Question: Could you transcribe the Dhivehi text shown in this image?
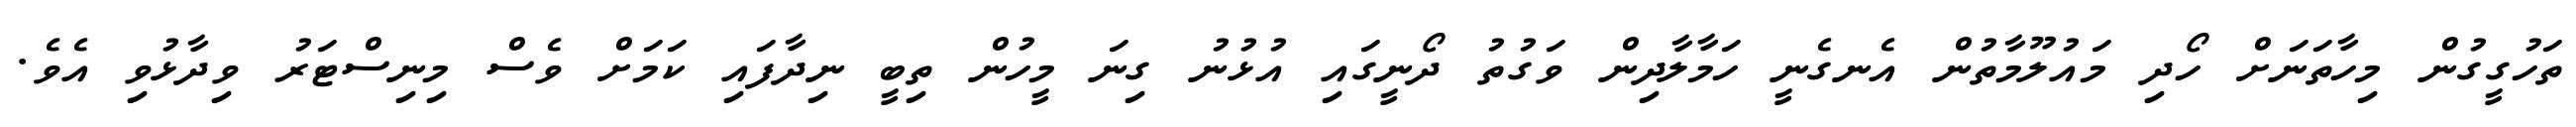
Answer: ތަހުގީގުން މިހާތަނަށް ހޯދި މައުލޫމާތުން އެނގެނީ ހަމާލާދިން ވަގުތު ދޯނީގައި އުޅުނު ގިނަ މީހުން ތިބީ ނިދާފައި ކަމަށް ވެސް މިނިސްޓަރު ވިދާޅުވި އެވެ.